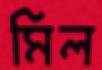
মিল